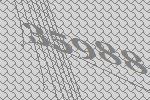
35988